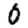
Digit: 0